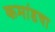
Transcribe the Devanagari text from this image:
कमांडचा